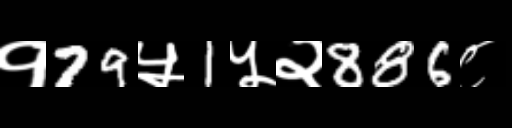
Text: १79५1५२886८